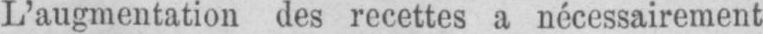
L’augmentation des recettes a nécessairement